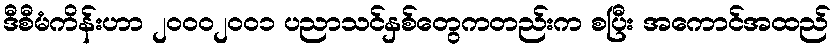
ဒီစီမံကိန်းဟာ ၂၀၀၀၂၀၀၁ ပညာသင်နှစ်တွေကတည်းက စပြီး အကောင်အထည်